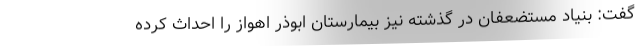
گفت: بنیاد مستضعفان در گذشته نیز بیمارستان ابوذر اهواز را احداث کرده